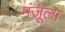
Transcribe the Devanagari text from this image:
मंजूला